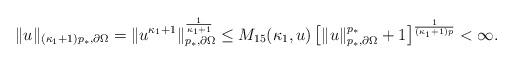
LaTeX: \begin{align*} \|u\|_{(\kappa_1+1)p_*,\partial\Omega} =\|u^{\kappa_1+1}\|_{p_*,\partial\Omega}^{\frac{1}{\kappa_1+1}} &\leq M_{15}(\kappa_1, u) \left [\|u\|_{p_*,\partial\Omega}^{p_*}+1\right]^{\frac{1}{(\kappa_1+1)p}}<\infty. \end{align*}